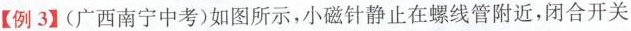
【例3】(广西南宁中考)如图所示，小磁针静止在螺线管附近，闭合开关